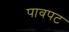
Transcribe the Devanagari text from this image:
पावपट